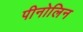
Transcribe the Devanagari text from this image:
पीनोलिन